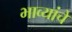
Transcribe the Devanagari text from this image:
भाव्यांचे